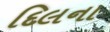
દિલના